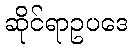
ဆိုင်ရာဥပဒေ